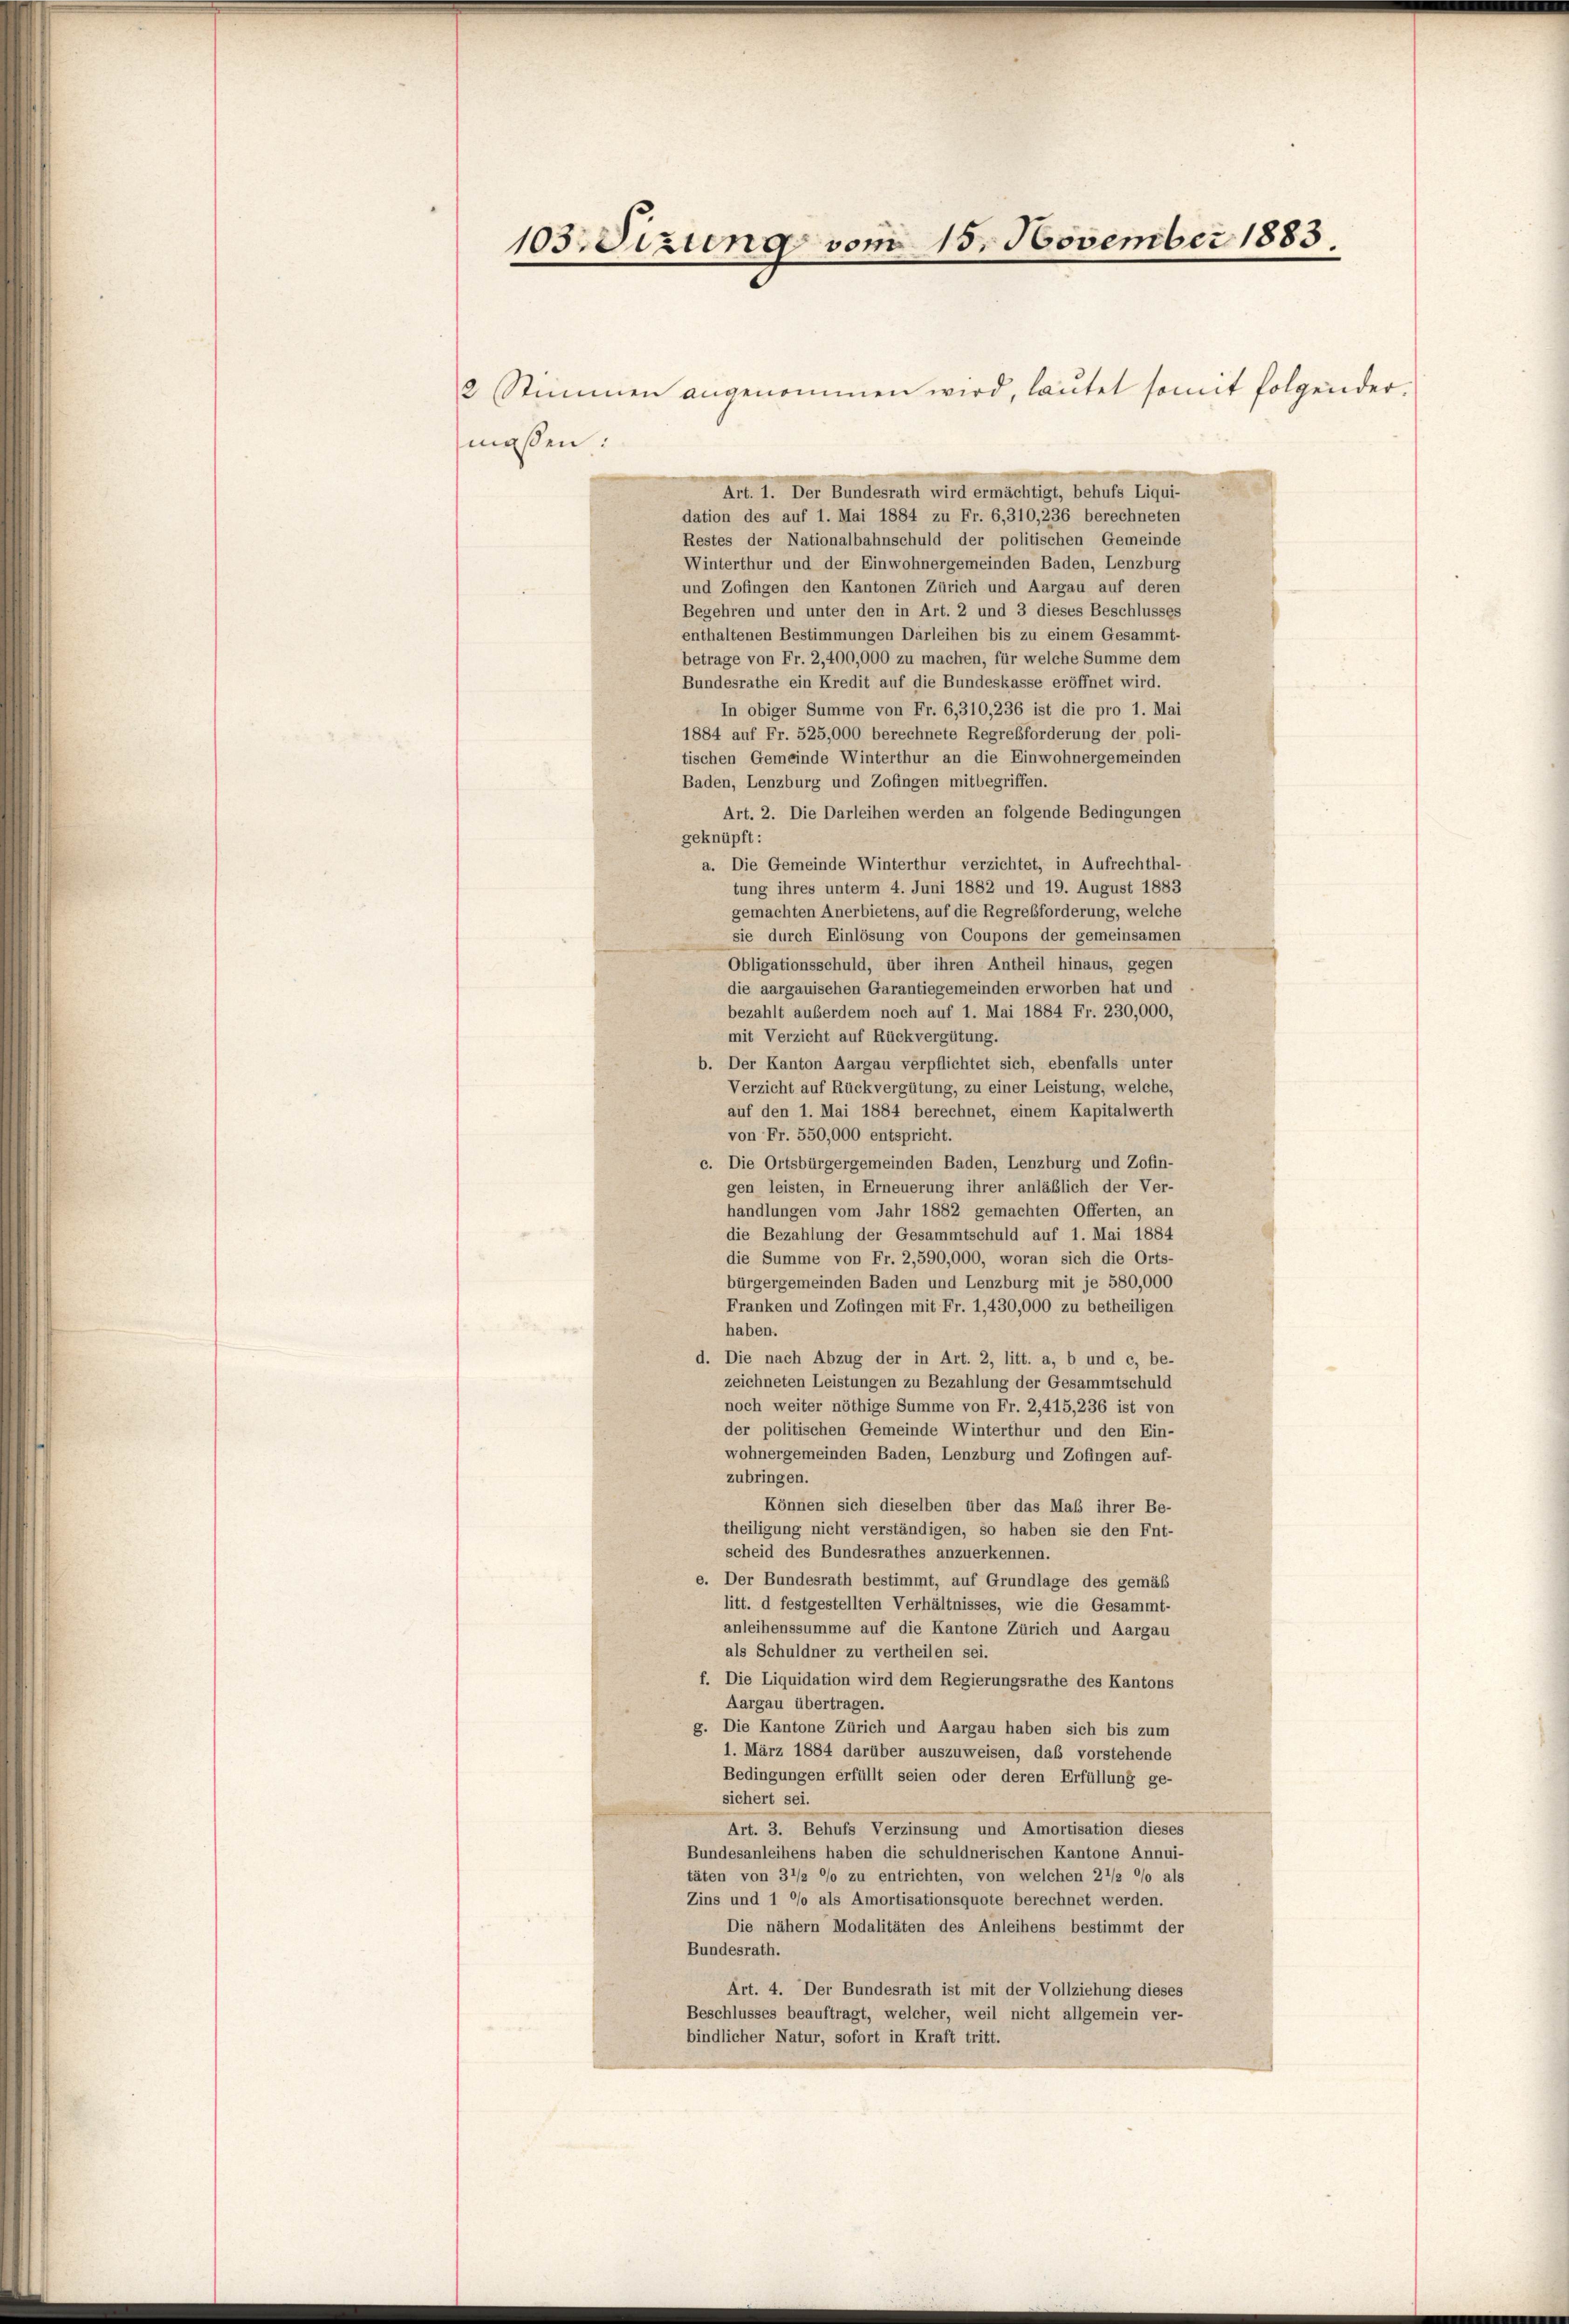
103: etzung vom 15. November 1883.
2 Stimmen angenommen wird, laŭtet somit folgender-
maßen:
Art. 1. Der Bundesrath wird ermächtigt, behufs Liqui-

dation des auf 1. Mai 1884 zu Fr. 6,310,236 berechneten
Restes der Nationalbahnschuld der politischen Gemeinde
Winterthur und der Einwohnergemeinden Baden, Lenzburg
und Zofingen den Kantonen Zürich und Aargau auf deren
Begehren und unter den in Art. 2 und 3 dieses Beschlusses
enthaltenen Bestimmungen Darleihen bis zu einem Gesammt-
betrage von Fr. 2,400,000 zu machen, für welche Summe dem
Bundesrathe ein Kredit auf die Bundeskasse eröffnet wird.
In obiger Summe von Fr. 6,310,236 ist die pro 1. Mai
1884 auf Fr. 525,000 berechnete Regreßforderung der poli-
tischen Gemeinde Winterthur an die Einwohnergemeinden
Baden, Lenzburg und Zofingen mitbegriffen.
Art. 2. Die Darleihen werden an folgende Bedingungen
geknüpft:
gemachten Anerbietens, auf die Regreßforderung, welche
sie durch Einlösung von Coupons der gemeinsamen
Obligationsschuld, über ihren Antheil hinaus, gegen
die aargauischen Garantiegemeinden erworben hat und
bezahlt außerdem noch auf 1. Mai 1884 Fr. 230,000,
mit Verzicht auf Rückvergütung.
b. Der Kanton Aargau verpflichtet sich, ebenfalls unter
Verzicht auf Rückvergütung, zu einer Leistung, welche,
auf den 1. Mai 1884 berechnet, einem Kapitalwerth
von Fr. 550,000 entspricht.
c. Die Ortsbürgergemeinden Baden, Lenzburg und Zofin-
gen leisten, in Erneuerung ihrer anläßlich der Ver-
handlungen vom Jahr 1882 gemachten Offerten, an
die Bezahlung der Gesammtschuld auf 1. Mai 1884
die Summe von Fr. 2,590,000, woran sich die Orts-
bürgergemeinden Baden und Lenzburg mit je 580,000
Franken und Zofingen mit Fr. 1,430,000 zu betheiligen
haben.
d. Die nach Abzug der in Art. 2, litt. a, b und c, be-
zeichneten Leistungen zu Bezahlung der Gesammtschuld
noch weiter nöthige Summe von Fr. 2,415,236 ist von
der politischen Gemeinde Winterthur und den Ein-
wohnergemeinden Baden, Lenzburg und Zofingen auf-
zubringen.
Können sich dieselben über das Maß ihrer Be-
theiligung nicht verständigen, so haben sie den Ent-
scheid des Bundesrathes anzuerkennen.
e. Der Bundesrath bestimmt, auf Grundlage des gemäß
litt. d festgestellten Verhältnisses, wie die Gesammt-
anleihenssumme auf die Kantone Zürich und Aargau
als Schuldner zu vertheilen sei.
f. Die Liquidation wird dem Regierungsrathe des Kantons
Aargau übertragen.
g. Die Kantone Zürich und Aargau haben sich bis zum
1. März 1884 darüber auszuweisen, das vorstehende
Bedingungen erfüllt seien oder deren Erfüllung ge-
sichert sei.
Art. 3. Behufs Verzinsung und Amortisation dieses
Bundesanleihens haben die schuldnerischen Kantone Annui-
täten von 3 1/2 °/o zu entrichten, von welchen 21/2 °/o als
Zins und 1 °/o als Amortisationsquote berechnet werden.
Die nähern Modalitäten des Anleihens bestimmt der
Bundesrath.
Art. 4. Der Bundesrath ist mit der Vollziehung dieses
Beschlusses beauftragt, welcher, weil nicht allgemein ver-
bindlicher Natur, sofort in Kraft tritt.

a. Die Gemeinde Winterthur verzichtet, in Aufrechthal-
tung ihres unterm 4. Juni 1882 und 19. August 1883